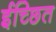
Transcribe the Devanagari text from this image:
ईच्छित